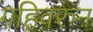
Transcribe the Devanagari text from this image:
गहिवरुन